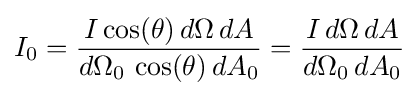
I_{0}={\frac {I\cos(\theta )\,d\Omega \,dA}{d\Omega _{0}\,\cos(\theta )\,dA_{0}}}={\frac {I\,d\Omega \,dA}{d\Omega _{0}\,dA_{0}}}